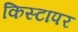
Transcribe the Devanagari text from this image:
किस्टापर